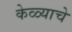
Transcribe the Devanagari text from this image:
केळ्याचे